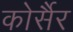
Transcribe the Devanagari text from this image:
कोर्सैर